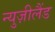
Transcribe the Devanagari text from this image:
न्युज़ीलैंड